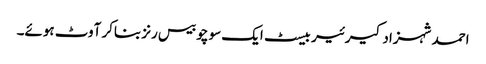
احمد شہزاد کیرئیر بیسٹ ایک سو چوبیس رنز بناکر آوٹ ہوئے۔